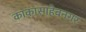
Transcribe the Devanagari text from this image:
काकासाहेबनगर